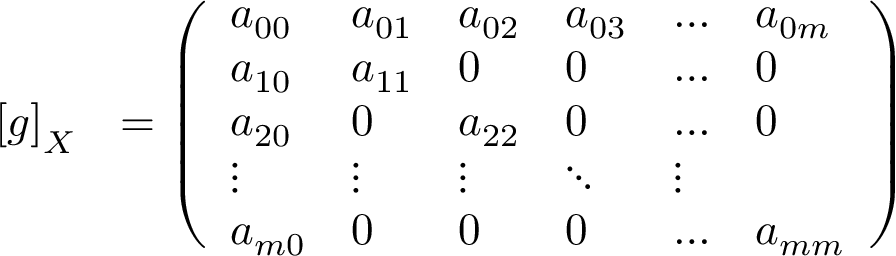
\begin{array} { r l } { \left[ g \right] _ { X } } & { = \left( \begin{array} { l l l l l l } { a _ { 0 0 } } & { a _ { 0 1 } } & { a _ { 0 2 } } & { a _ { 0 3 } } & { \dots } & { a _ { 0 m } } \\ { a _ { 1 0 } } & { a _ { 1 1 } } & { 0 } & { 0 } & { \ldots } & { 0 } \\ { a _ { 2 0 } } & { 0 } & { a _ { 2 2 } } & { 0 } & { \ldots } & { 0 } \\ { \vdots } & { \vdots } & { \vdots } & { \ddots } & { \vdots } \\ { a _ { m 0 } } & { 0 } & { 0 } & { 0 } & { \ldots } & { a _ { m m } } \end{array} \right) } \end{array}